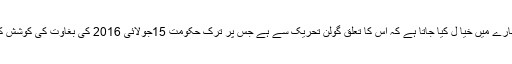
یلدز خاندان کے بارے میں خیا ل کیا جاتا ہے کہ اس کا تعلق گولن تحریک سے ہے جس پر ترک حکومت 15جولائی 2016 کی بغاوت کی کوشش کا الزام لگاتی ہے۔